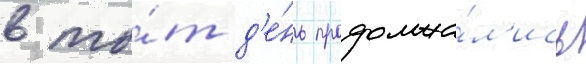
в то́т д'е́нь продолжа́л'ись